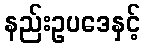
နည်းဥပဒေနှင့်